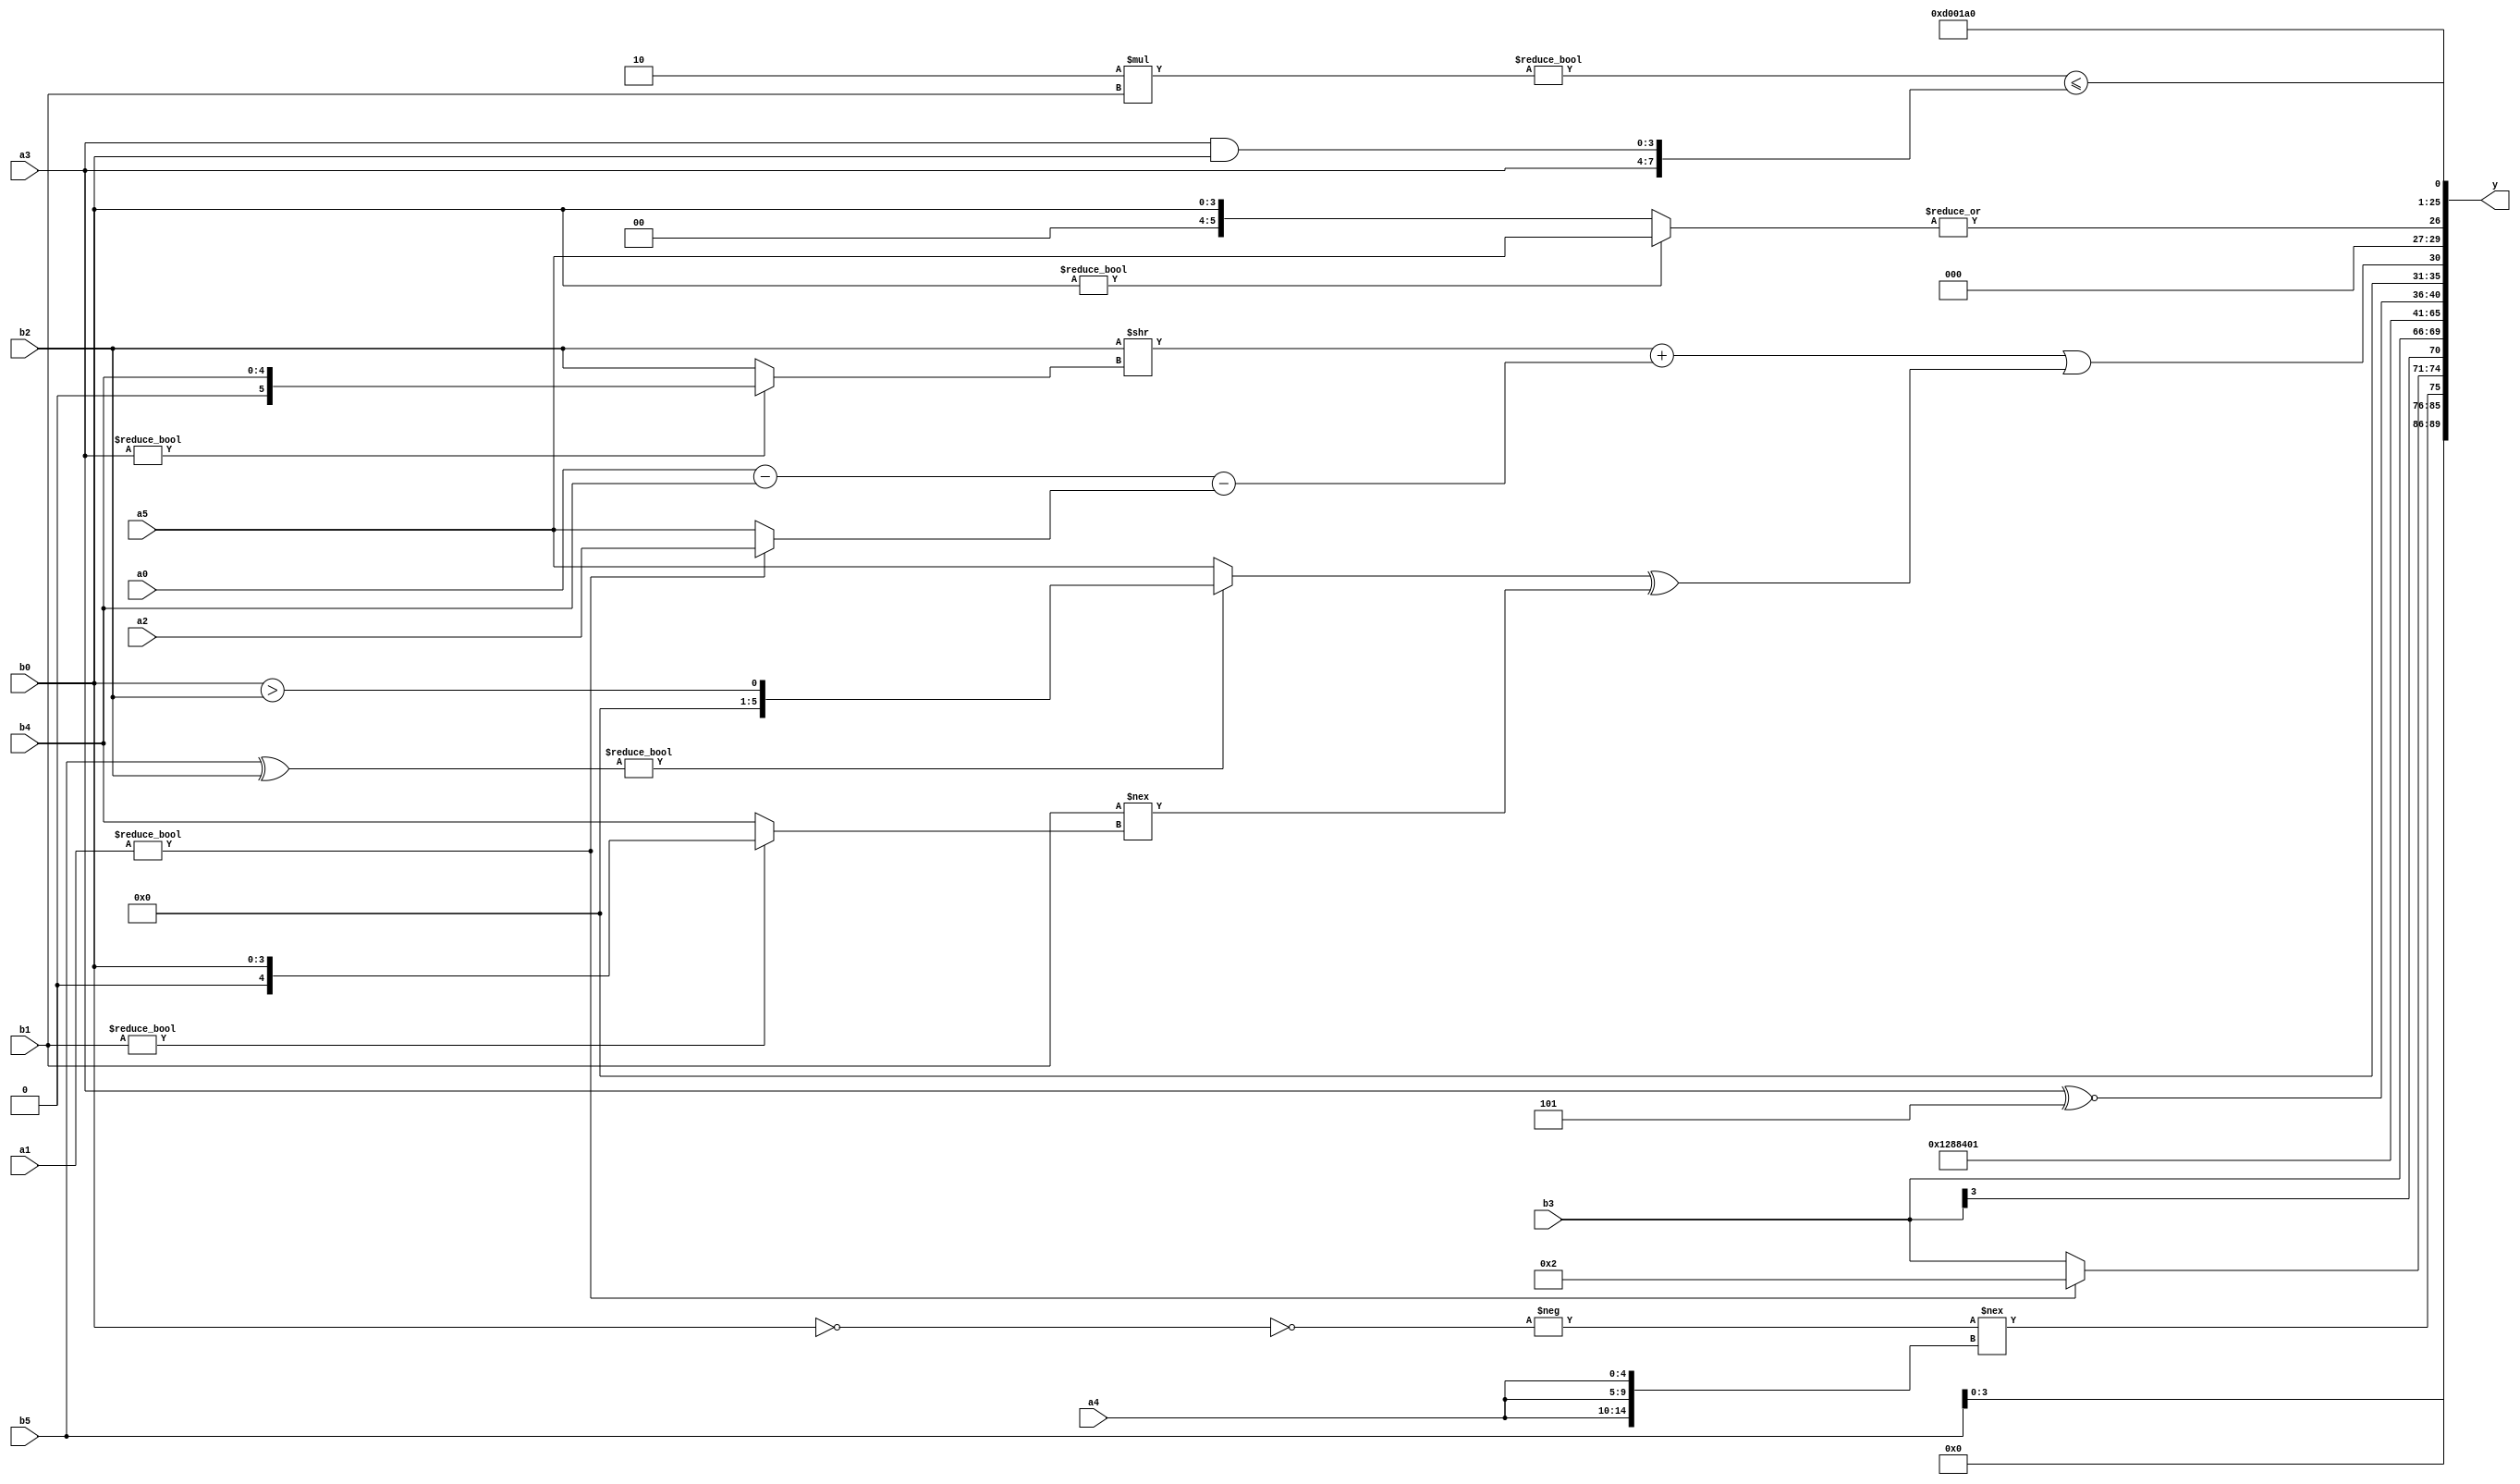
module expression_00551(a0, a1, a2, a3, a4, a5, b0, b1, b2, b3, b4, b5, y);
  input [3:0] a0;
  input [4:0] a1;
  input [5:0] a2;
  input signed [3:0] a3;
  input signed [4:0] a4;
  input signed [5:0] a5;

  input [3:0] b0;
  input [4:0] b1;
  input [5:0] b2;
  input signed [3:0] b3;
  input signed [4:0] b4;
  input signed [5:0] b5;

  wire [3:0] y0;
  wire [4:0] y1;
  wire [5:0] y2;
  wire signed [3:0] y3;
  wire signed [4:0] y4;
  wire signed [5:0] y5;
  wire [3:0] y6;
  wire [4:0] y7;
  wire [5:0] y8;
  wire signed [3:0] y9;
  wire signed [4:0] y10;
  wire signed [5:0] y11;
  wire [3:0] y12;
  wire [4:0] y13;
  wire [5:0] y14;
  wire signed [3:0] y15;
  wire signed [4:0] y16;
  wire signed [5:0] y17;

  output [89:0] y;
  assign y = {y0,y1,y2,y3,y4,y5,y6,y7,y8,y9,y10,y11,y12,y13,y14,y15,y16,y17};

  localparam [3:0] p0 = {(-5'sd9),(-3'sd3)};
  localparam [4:0] p1 = ((!(-((5'sd2)|(3'sd1))))==((5'd2 * (5'd4))>>((4'sd5)>=(4'd10))));
  localparam [5:0] p2 = ({4{(&(2'd1))}}&(|{4{(2'sd1)}}));
  localparam signed [3:0] p3 = (!{4{((-2'sd0)==(2'd2))}});
  localparam signed [4:0] p4 = (5'd2 * ((4'd5)!==(5'd6)));
  localparam signed [5:0] p5 = (~&((5'sd13)^(4'd12)));
  localparam [3:0] p6 = ((4'd11)==(-5'sd14));
  localparam [4:0] p7 = ((((4'sd0)?(-2'sd1):(2'd3))?(~|(3'sd0)):{2{(-2'sd1)}})+(((3'd2)?(3'd6):(-4'sd7))===(^((2'd0)>>>(3'd1)))));
  localparam [5:0] p8 = (|((4'sd3)&&(&((-5'sd1)>(5'd18)))));
  localparam signed [3:0] p9 = (-2'sd1);
  localparam signed [4:0] p10 = ((((-2'sd0)^(2'd2))?((3'sd2)?(3'd6):(5'd22)):((2'sd1)?(3'sd2):(5'd31)))?(2'sd1):((-(4'd10))?((5'd10)?(2'sd0):(2'sd0)):((5'd25)!=(-5'sd0))));
  localparam signed [5:0] p11 = {((~^(2'sd0))<<(-(5'd25))),{2{{2{(5'sd11)}}}},(((5'd21)!=(2'd0))>=((5'd14)<<<(5'sd4)))};
  localparam [3:0] p12 = (((-2'sd0)*(-5'sd2))>((4'sd5)&(5'd6)));
  localparam [4:0] p13 = {3{{4{(5'd6)}}}};
  localparam [5:0] p14 = (4'sd5);
  localparam signed [3:0] p15 = {4{(2'd0)}};
  localparam signed [4:0] p16 = ({2{(-(4'd8))}}?(4'd13):((~^(-2'sd0))>=((3'sd1)+(-5'sd10))));
  localparam signed [5:0] p17 = {2{(3'd7)}};

  assign y0 = {4{$signed(b5)}};
  assign y1 = (~|(3'd7));
  assign y2 = ((-(~^(!b0)))!=={1{{3{a4}}}});
  assign y3 = ((a1)?(5'd18):$signed(b3));
  assign y4 = (p6?b4:b3);
  assign y5 = (-(5'd27));
  assign y6 = (~|{1{{(-{(~|(2'd1))})}}});
  assign y7 = (&(&(~^$unsigned({(+(5'd6))}))));
  assign y8 = (~&(~&(~(2'd3))));
  assign y9 = ({4{(2'd2)}}>(4'sd6));
  assign y10 = ((3'd0)?(a0||p8):(a3^~p14));
  assign y11 = (($signed(((b2)>>(a3?b4:b2)))+((a0-b4)-(a1?a2:a5)))||(((b5^b2)?(b0>b2):(a5))^((b1)!==(b1?b0:b4))));
  assign y12 = (|{4{(b0?a5:b0)}});
  assign y13 = {{b2,p6,p0}};
  assign y14 = (^$signed($signed(((+p9)))));
  assign y15 = ({4{$signed($unsigned((&p13)))}});
  assign y16 = $unsigned(p0);
  assign y17 = (((6'd2 * b1)!=(-5'sd0))<={{a3},(a3&b0)});
endmodule